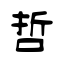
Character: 哲